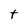
Character: t